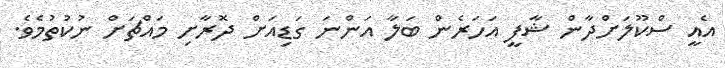
އެއީ ސްކޫލަށްދާން ޝާފީ އަހަރެން ބަލާ އަންނަ ގަޑިއަށް ދޮރާށި މައްޗަށް ނުކުތުމެވެ.